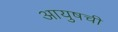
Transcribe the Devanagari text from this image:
आयुषची